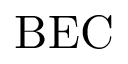
\mathrm { B E C }